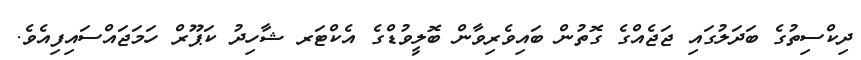
ދިކްސިތުގެ ބަދަލުގައި ޖަޖެއްގެ ގޮތުން ބައިވެރިވާން ބޮލީވުޑްގެ އެކްޓަރ ޝާހިދު ކަޕޫރް ހަމަޖައްސައިފިއެވެ.